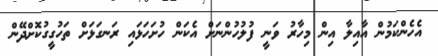
އެހެންކަމުން އާއިލާ އިން މިހާރު ވަނީ ފުލުހުންނަށް އެކަން ހުށަހަޅައި ރަނގަޅަށް ތަހުގީގުކޮށްދޭން